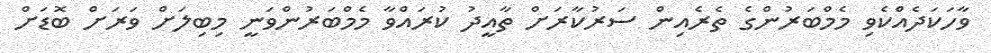
ވާހަކަދެއްކެވި މެމްބަރުންގެ ތެރެއިން ސަރުކާރަށް ތާއީދު ކުރައްވާ މެމްބަރުންވަނީ މިބިލަށް ވަރަށް ބޮޑަށް